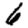
Digit: 6